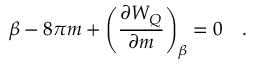
\beta - 8 \pi m + \left( { \frac { \partial W _ { Q } } { \partial m } } \right) _ { \beta } = 0 ~ ~ ~ .